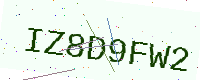
Text: IZ8D9FW2